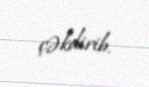
çəkdirib.